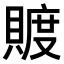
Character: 𧶴